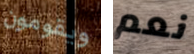
ويقومون نعم